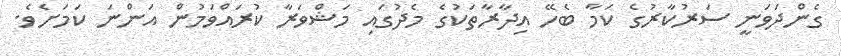
ގެންދަވަނީ ސަރުކާރުގެ ކަމާ ބެހޭ އިދާރާތަކުގެ މެދުގައި މަޝްވަރާ ކުރައްވަމުން އަންނަ ކަމަށެވެ.